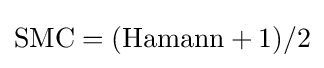
{\text{SMC}}=({\text{Hamann}}+1)/2